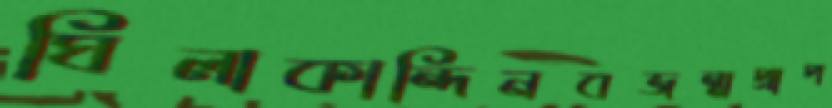
ঘিলাকান্দিনবজন্মপ্রাপ